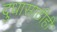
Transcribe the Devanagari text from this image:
दुधासाठीही